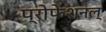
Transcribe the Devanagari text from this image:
प्रोफेशनल्